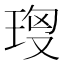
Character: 𤥘